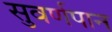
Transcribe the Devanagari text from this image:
सुवर्णपान